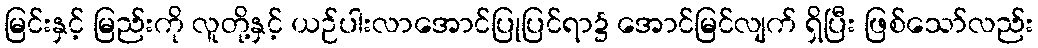
မြင်းနှင့် မြည်းကို လူတို့နှင့် ယဉ်ပါးလာအောင်ပြုပြင်ရာ၌ အောင်မြင်လျက် ရှိပြီး ဖြစ်သော်လည်း